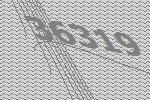
36319